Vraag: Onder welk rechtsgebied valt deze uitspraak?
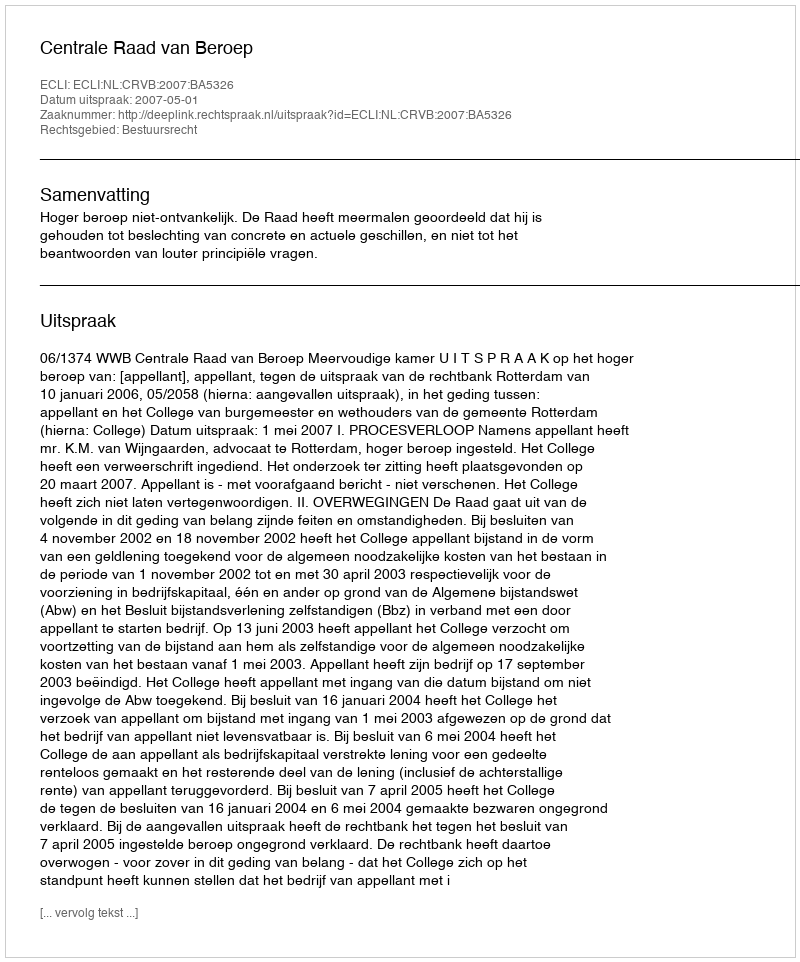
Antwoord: Bestuursrecht